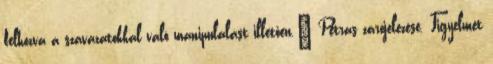
felhozva a szavazatokkal való manipulálást illetően.” Petras zárójelezése. Figyelmet